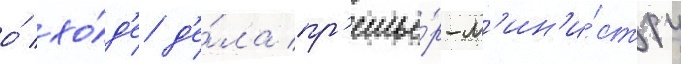
о́ хо́д'е д'е́ла пр'емье́р-м'ин'и́стру